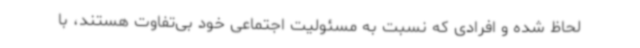
لحاظ شده و افرادی که نسبت به مسئولیت اجتماعی خود بی‌تفاوت هستند، با